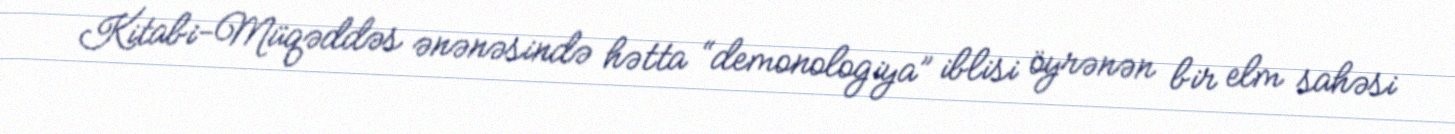
Kitabi-Müqəddəs ənənəsində hətta “demonologiya” iblisi öyrənən bir elm sahəsi